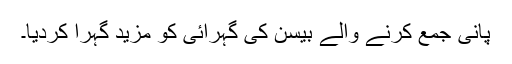
پانی جمع کرنے والے بیسن کی گہرائی کو مزید گہرا کردیا۔